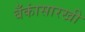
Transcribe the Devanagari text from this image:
बँकांसारखी